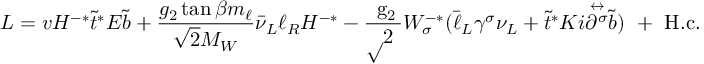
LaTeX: { \cal L } = v H ^ { - * } \tilde { t } ^ { * } { \cal E } \tilde { b } + { \frac { g _ { 2 } \tan \beta m _ { \ell } } { \sqrt 2 M _ { W } } } \bar { \nu } _ { L } \ell _ { R } H ^ { - * } - \mathrm { \frac { ~ g _ { 2 } } { \surd 2 ~ } } W _ { \sigma } ^ { - * } ( \bar { \ell } _ { L } \gamma ^ { \sigma } \nu _ { L } + \tilde { t } ^ { * } { \cal K } i { \stackrel { \leftrightarrow } { \partial ^ { \sigma } } } \tilde { b } ) \mathrm { ~ + ~ H . c . ~ }